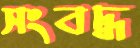
সংবদ্ধ